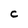
Character: C